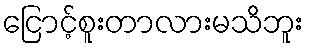
ငြောင့်စူးတာလားမသိဘူး